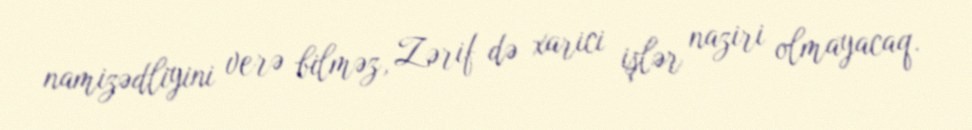
namizədliyini verə bilməz, Zərif də xarici işlər naziri olmayacaq.